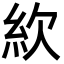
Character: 䊻